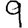
Digit: 9